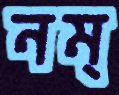
নম্